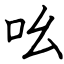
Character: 吆